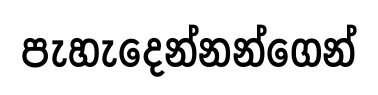
පැහැදෙන්නන්ගෙන්